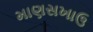
માણસખાઉ